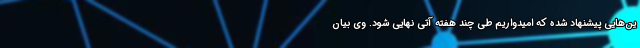
ین‌هایی پیشنهاد شده که امیدواریم طی چند هفته آتی نهایی شود. وی بیان